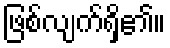
ဖြစ်လျက်ရှိ၏။